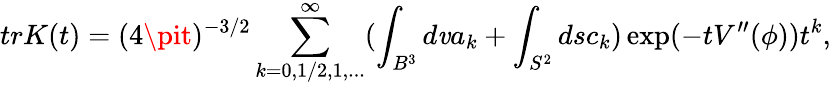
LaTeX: trK(t)=(4\pit)^{-3/2}\sum_{k=0,1/2,1,...}^{\infty}(\int_{B^{3}}d\mathit{v}a_{k}+\int_{S^{2}}dsc_{k})\exp(-tV^{\prime\prime}(\phi))t^{k},